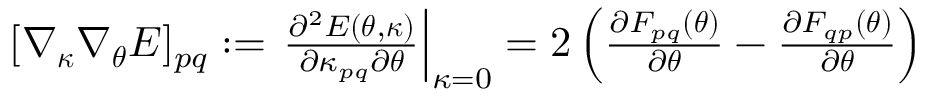
\begin{array} { r } { [ \nabla _ { { \boldsymbol { \kappa } } } \nabla _ { \boldsymbol { \theta } } E ] _ { p q } : = \left. \frac { \partial ^ { 2 } E ( { \boldsymbol { \theta } } , { \boldsymbol { \kappa } } ) } { \partial \kappa _ { p q } \partial { \boldsymbol { \theta } } } \right| _ { \kappa = 0 } = 2 \left( \frac { \partial F _ { p q } ( { \boldsymbol { \theta } } ) } { \partial { \boldsymbol { \theta } } } - \frac { \partial F _ { q p } ( { \boldsymbol { \theta } } ) } { \partial { \boldsymbol { \theta } } } \right) } \end{array}